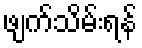
ဖျက်သိမ်းရန်